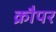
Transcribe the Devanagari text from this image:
क्रौपर